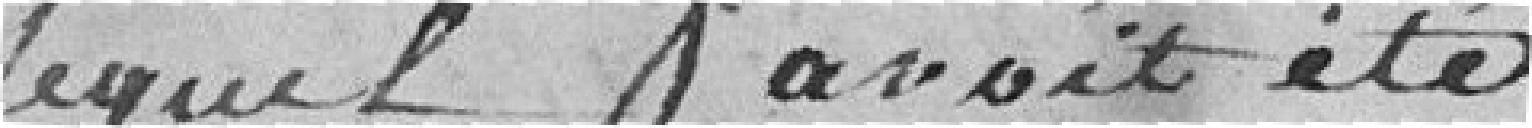
Lequel avait été